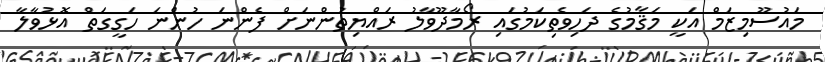
މައުސޫމިޒަމް އަކީ މަޤާމުގެ ދަހިވެތިކަމުގައި ރޯމާދޫވާލު ރައްޔިތުންނަށް ފެންނަ ހުންނަ ހަގީގަތް އޮޅުވާލާ